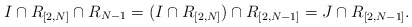
\begin{align*}I \cap R_{[2,N]} \cap R_{N-1} = (I \cap R_{[2,N]}) \cap R_{[2,N-1]} = J \cap R_{[2,N-1]}.\end{align*}